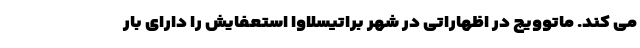
می کند. ماتوویچ در اظهاراتی در شهر براتیسلاوا استعفایش را دارای بار